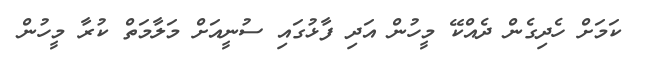
ކަމަށް ހެދިގެން ދެއްކޭ މީހުން އަދި ފާޅުގައި ސުނީއަށް މަލާމަތް ކުރާ މީހުން